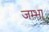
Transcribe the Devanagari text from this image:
जम्भा